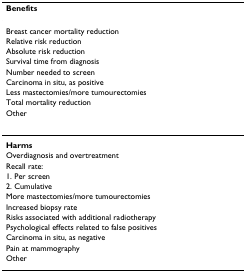
<table><thead><tr><td><b>Benefits</b></td></tr></thead><tbody><tr><td>Breast cancer mortality reduction</td></tr><tr><td>Relative risk reduction</td></tr><tr><td>Absolute risk reduction</td></tr><tr><td>Survival time from diagnosis</td></tr><tr><td>Number needed to screen</td></tr><tr><td>Carcinoma in situ, as positive</td></tr><tr><td>Less mastectomies/more tumourectomies</td></tr><tr><td>Total mortality reduction</td></tr><tr><td>Other</td></tr><tr><td><b>Harms</b></td></tr><tr><td>Overdiagnosis and overtreatment</td></tr><tr><td>Recall rate:</td></tr><tr><td>1. Per screen</td></tr><tr><td>2. Cumulative</td></tr><tr><td>More mastectomies/more tumourectomies</td></tr><tr><td>Increased biopsy rate</td></tr><tr><td>Risks associated with additional radiotherapy</td></tr><tr><td>Psychological effects related to false positives</td></tr><tr><td>Carcinoma in situ, as negative</td></tr><tr><td>Pain at mammography</td></tr><tr><td>Other</td></tr></tbody></table>